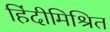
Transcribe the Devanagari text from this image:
हिंदीमिश्रित